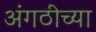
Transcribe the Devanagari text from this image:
अंगठीच्या